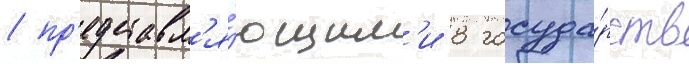
/ пр'едставл'я́ющим'и 8 госуда́рств